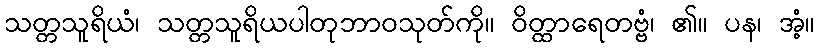
သတ္တသူရိယံ၊ သတ္တသူရိယပါတုဘာဝသုတ်ကို။ ဝိတ္ထာရေတဗ္ဗံ၊ ၏။ ပန၊ အံ့။